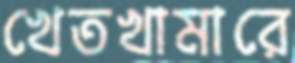
খেতখামারে